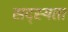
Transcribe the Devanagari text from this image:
सद्स्यता